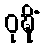
ဝုဍ္ဎိံ